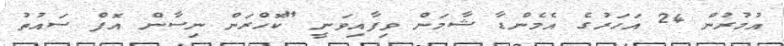
އުމުރުން 24 އަހަރުގެ އެމެންޑާ ޝާމަން ވިފާއިވަނީ "ކޮހްރަން ނިސާން އޮފް ސައުތު